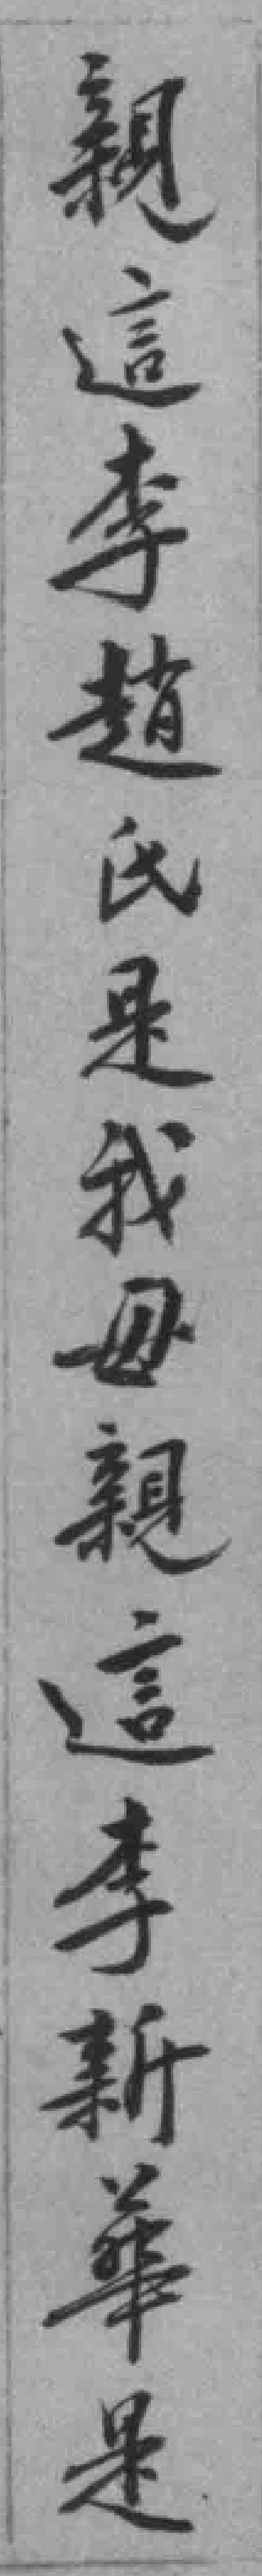
親這李趙氏是我母親這李新華是